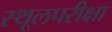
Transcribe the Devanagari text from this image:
स्थूलपरीक्षा